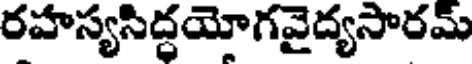
రహస్యసిద్ధయోగవైద్యసారమ్